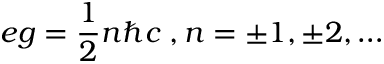
e g = \frac { 1 } { 2 } n \hbar c \; , n = \pm 1 , \pm 2 , \dots